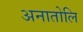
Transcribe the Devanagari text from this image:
अनातोलि